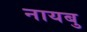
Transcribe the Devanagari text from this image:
नायबु